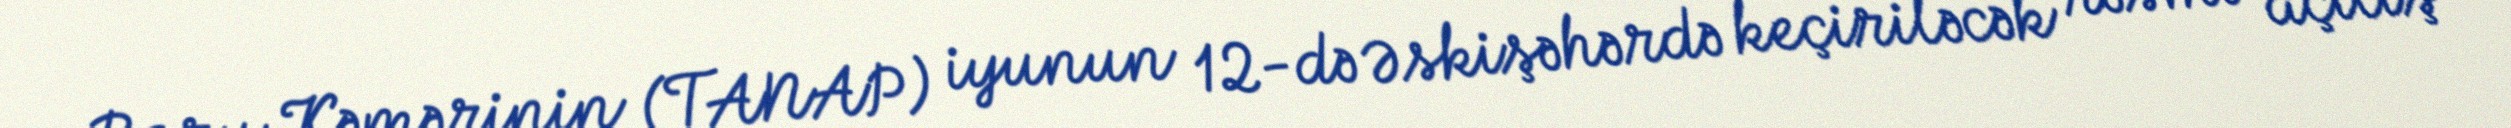
Boru Kəmərinin (TANAP) iyunun 12-də Əskişəhərdə keçiriləcək rəsmi açılış